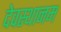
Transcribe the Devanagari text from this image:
देवस्‍थानम